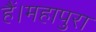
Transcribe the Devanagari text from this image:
हैं।महापुरा